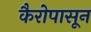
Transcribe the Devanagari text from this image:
कैरोपासून